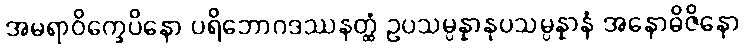
အမရာဝိက္ခေပိနော ပရိဘောဂဒဿနတ္ထံ ဥပသမ္ပန္နာနုပသမ္ပန္နာနံ အနောဓိဇိနော